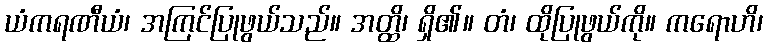
ယံကရဏီယံ၊ အကြင်ပြုဖွယ်သည်။ အတ္ထိ၊ ရှိ၏။ တံ၊ ထိုပြုဖွယ်ကို။ ကရောဟိ၊